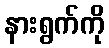
နားရွက်ကို